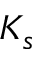
K _ { s }